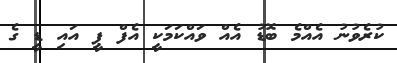
ކުރެވުނު އެއްމެ ބޮޑު އެއް ވައްކަމަކީ އެފް ޕީ އައި ޑީ ގެ